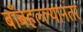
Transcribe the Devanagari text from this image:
बाँबहल्ल्यानंतर